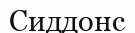
Сиддонс